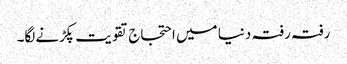
رفتہ رفتہ دنیا میں احتجاج تقویت پکڑنےلگا۔